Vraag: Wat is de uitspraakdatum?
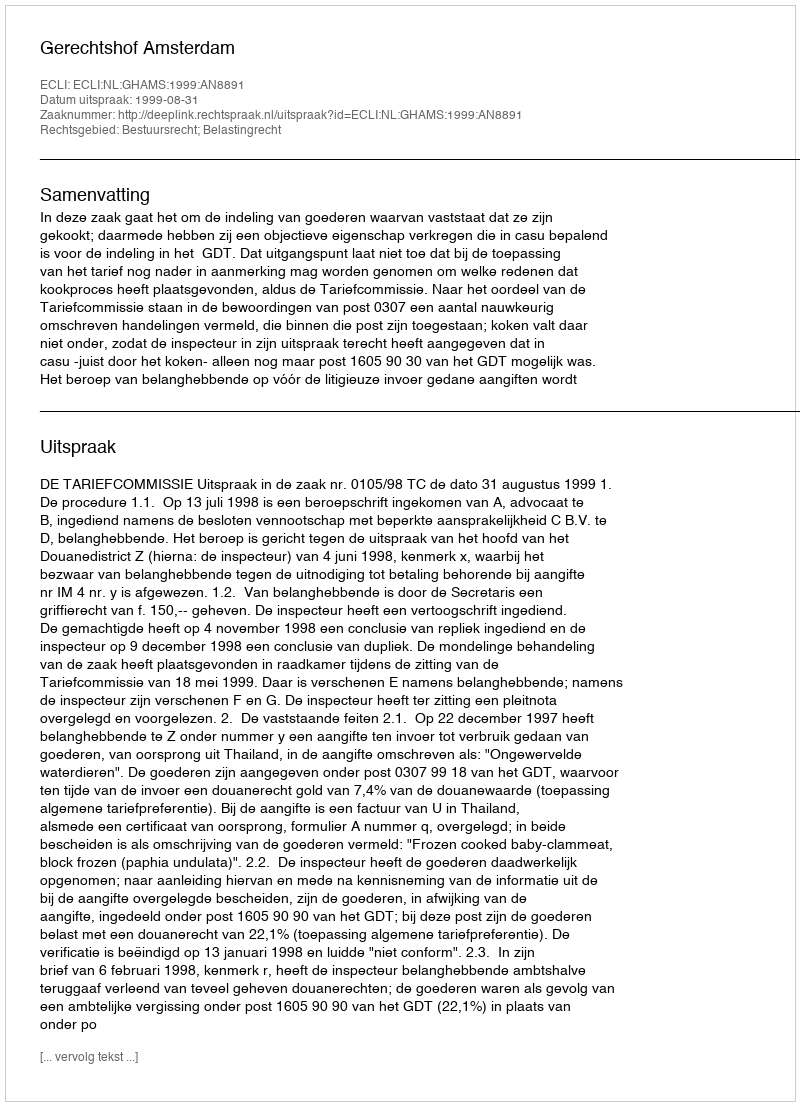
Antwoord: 1999-08-31